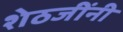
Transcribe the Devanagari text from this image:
शेठजींनी